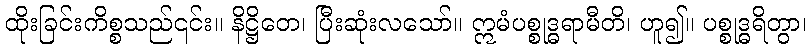
ထိုးခြင်းကိစ္စသည်၎င်း။ နိဋ္ဌိတေ၊ ပြီးဆုံးလသော်။ ဣမံပစ္စုဒ္ဓရာမီတိ၊ ဟူ၍။ ပစ္စုဒ္ဓရိတွာ၊